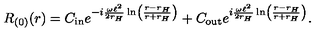
R _ { ( 0 ) } ( r ) = C _ { \mathrm { i n } } e ^ { - i \frac { \omega \ell ^ { 2 } } { 2 r _ { H } } \ln \left( \frac { r - r _ { H } } { r + r _ { H } } \right) } + C _ { \mathrm { o u t } } e ^ { i \frac { \omega \ell ^ { 2 } } { 2 r _ { H } } \ln \left( \frac { r - r _ { H } } { r + r _ { H } } \right) } .